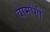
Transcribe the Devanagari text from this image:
वामांगीं